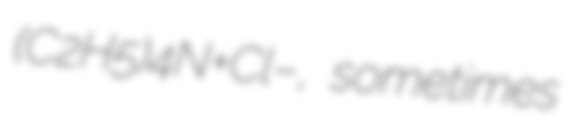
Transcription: (C2H5)4N+Cl−, sometimes